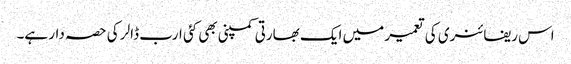
اس ریفائنری کی تعمیر میں ایک بھارتی کمپنی بھی کئی ارب ڈالر کی حصہ دار ہے۔